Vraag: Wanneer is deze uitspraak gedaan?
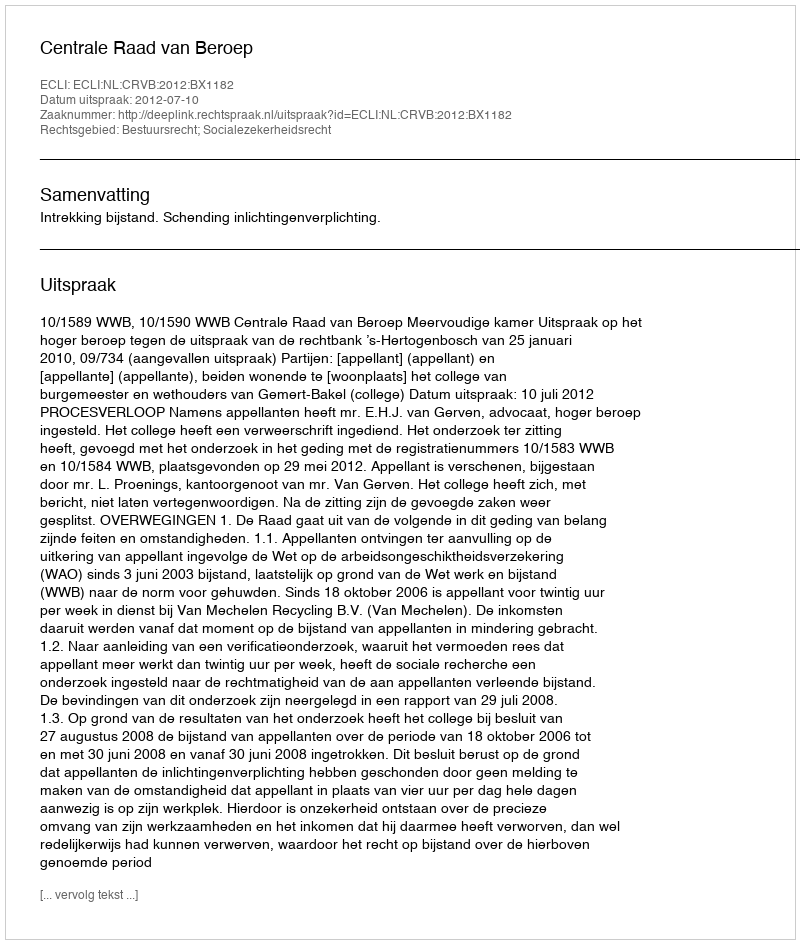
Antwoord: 2012-07-10